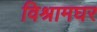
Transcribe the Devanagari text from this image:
विश्रामघर